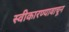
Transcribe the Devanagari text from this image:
स्वीकारण्यावाचून